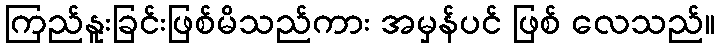
ကြည်နူးခြင်းဖြစ်မိသည်ကား အမှန်ပင် ဖြစ် လေသည်။